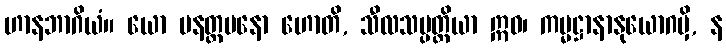
ဟာနဘာဂိယံ။ ယော ပနတ္တမနော ဟောတိ, သီလသမ္ပတ္တိယာ ဣဓ၊ ကမ္မဋ္ဌာနာနုယောဂမှိ, န